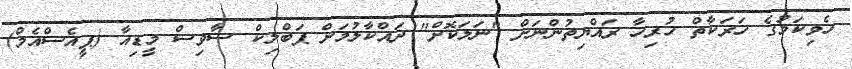
ހެވިކަމުގެ ހަރަކާތް ހުރިހާ ރައްޔިތުންނަށް "ނަލަކޮށް" ދައްކާލުމަށް ޕަބްލިކް ސާވިސް މީޑިއާ (ޕީއެސްއެމް)